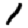
Digit: 1